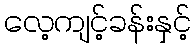
လေ့ကျင့်ခန်းနှင့်